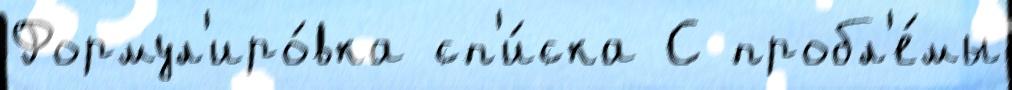
Формул'иро́вка сп'и́ска С пробл'е́мы